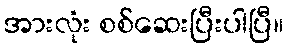
အားလုံး စစ်ဆေးပြီးပါပြီ။